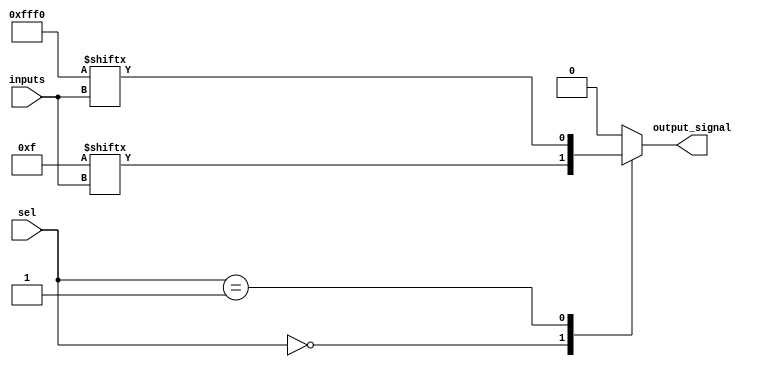
module CLB (
    input wire [3:0] inputs,       // 4 input signals
    input wire [1:0] sel,          // Selector for multiplexer
    output wire output_signal       // Output signal
);

// Look-Up Tables (LUTs)
reg [15:0] lut0; // 4-input LUT
reg [15:0] lut1; // 4-input LUT

// Initialize LUTs with some example logic functions
initial begin
    // Example: LUT0 implements a function (A AND B) OR (C XOR D)
    lut0 = 16'b0000000000001111; // Outputs 1 for combinations (A,B,C,D) = (1,1,0,0), (1,1,0,1), (1,1,1,0), (1,1,1,1)
    
    // Example: LUT1 implements a function (A OR B) AND (C NOR D)
    lut1 = 16'b1111111111110000; // Outputs 1 for combinations (A,B,C,D) = (1,1,0,0), (1,1,0,1), (1,1,1,0), (1,1,1,1)
end

// Logic Cells
wire lut0_out = lut0[inputs]; // Output from LUT0 based on inputs
wire lut1_out = lut1[inputs]; // Output from LUT1 based on inputs

// Multiplexer to select output from LUTs
reg mux_out;
always @(*) begin
    case (sel)
        2'b00: mux_out = lut0_out; // Select output from LUT0
        2'b01: mux_out = lut1_out; // Select output from LUT1
        default: mux_out = 1'b0;    // Default case
    endcase
end

// Output driver
assign output_signal = mux_out;

endmodule